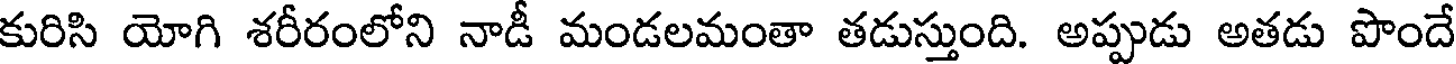
కురిసి యోగి శరీరంలోని నాడీ మండలమంతా తడుస్తుంది. అప్పుడు అతడు పొందే